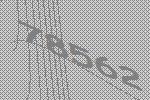
78562